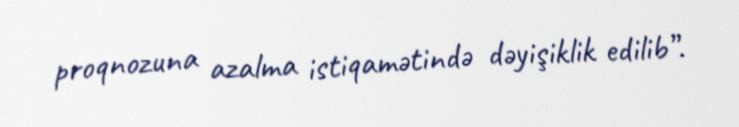
proqnozuna azalma istiqamətində dəyişiklik edilib”.